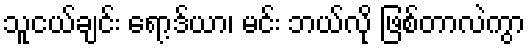
သူငယ်ချင်း ရော့ဒ်ယာ၊ မင်း ဘယ်လို ဖြစ်တာလဲကွာ